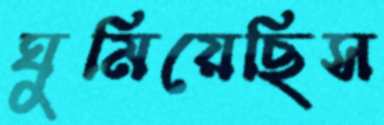
ঘুমিয়েছিস